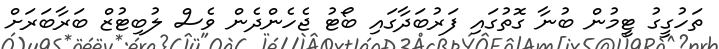
ތަހުގީގު ޓީމުން ބުނާ ގޮތުގައި ފަރުބަދާގައި ބޯޓު ޖެހެންދެން ވެސް ލުބިޓުޒް ބަރާބަރަށް